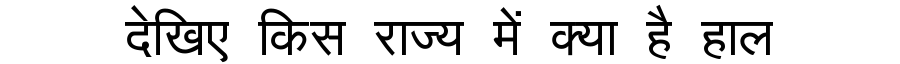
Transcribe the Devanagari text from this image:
देखिए किस राज्य में क्या है हाल